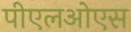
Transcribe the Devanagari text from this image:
पीएलओएस